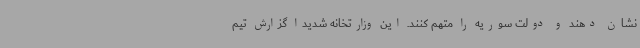
نشان دهند و دولت سوریه را متهم کنند. این وزارتخانه شدیدا گزارش تیم